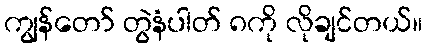
ကျွန်တော် တွဲနံပါတ် ၈ကို လိုချင်တယ်။